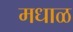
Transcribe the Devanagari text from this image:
मधाळ